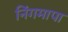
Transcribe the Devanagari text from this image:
निंगमापा